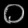
Digit: ၀